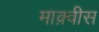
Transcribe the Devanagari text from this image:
माक़्वीस